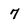
Character: 7